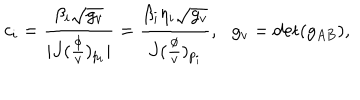
LaTeX: c _ { i } = \frac { \beta _ { i } \sqrt { g _ { v } } } { \mid J ( \frac \phi v ) _ { p _ { i } } \mid } = \frac { \beta _ { i } \eta _ { i } \sqrt { g _ { v } } } { J ( \frac \phi v ) _ { p _ { i } } } , \, \, \, \, g _ { v } = \det ( g _ { A B } ) ,